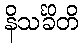
နိသင်္ခိတိ